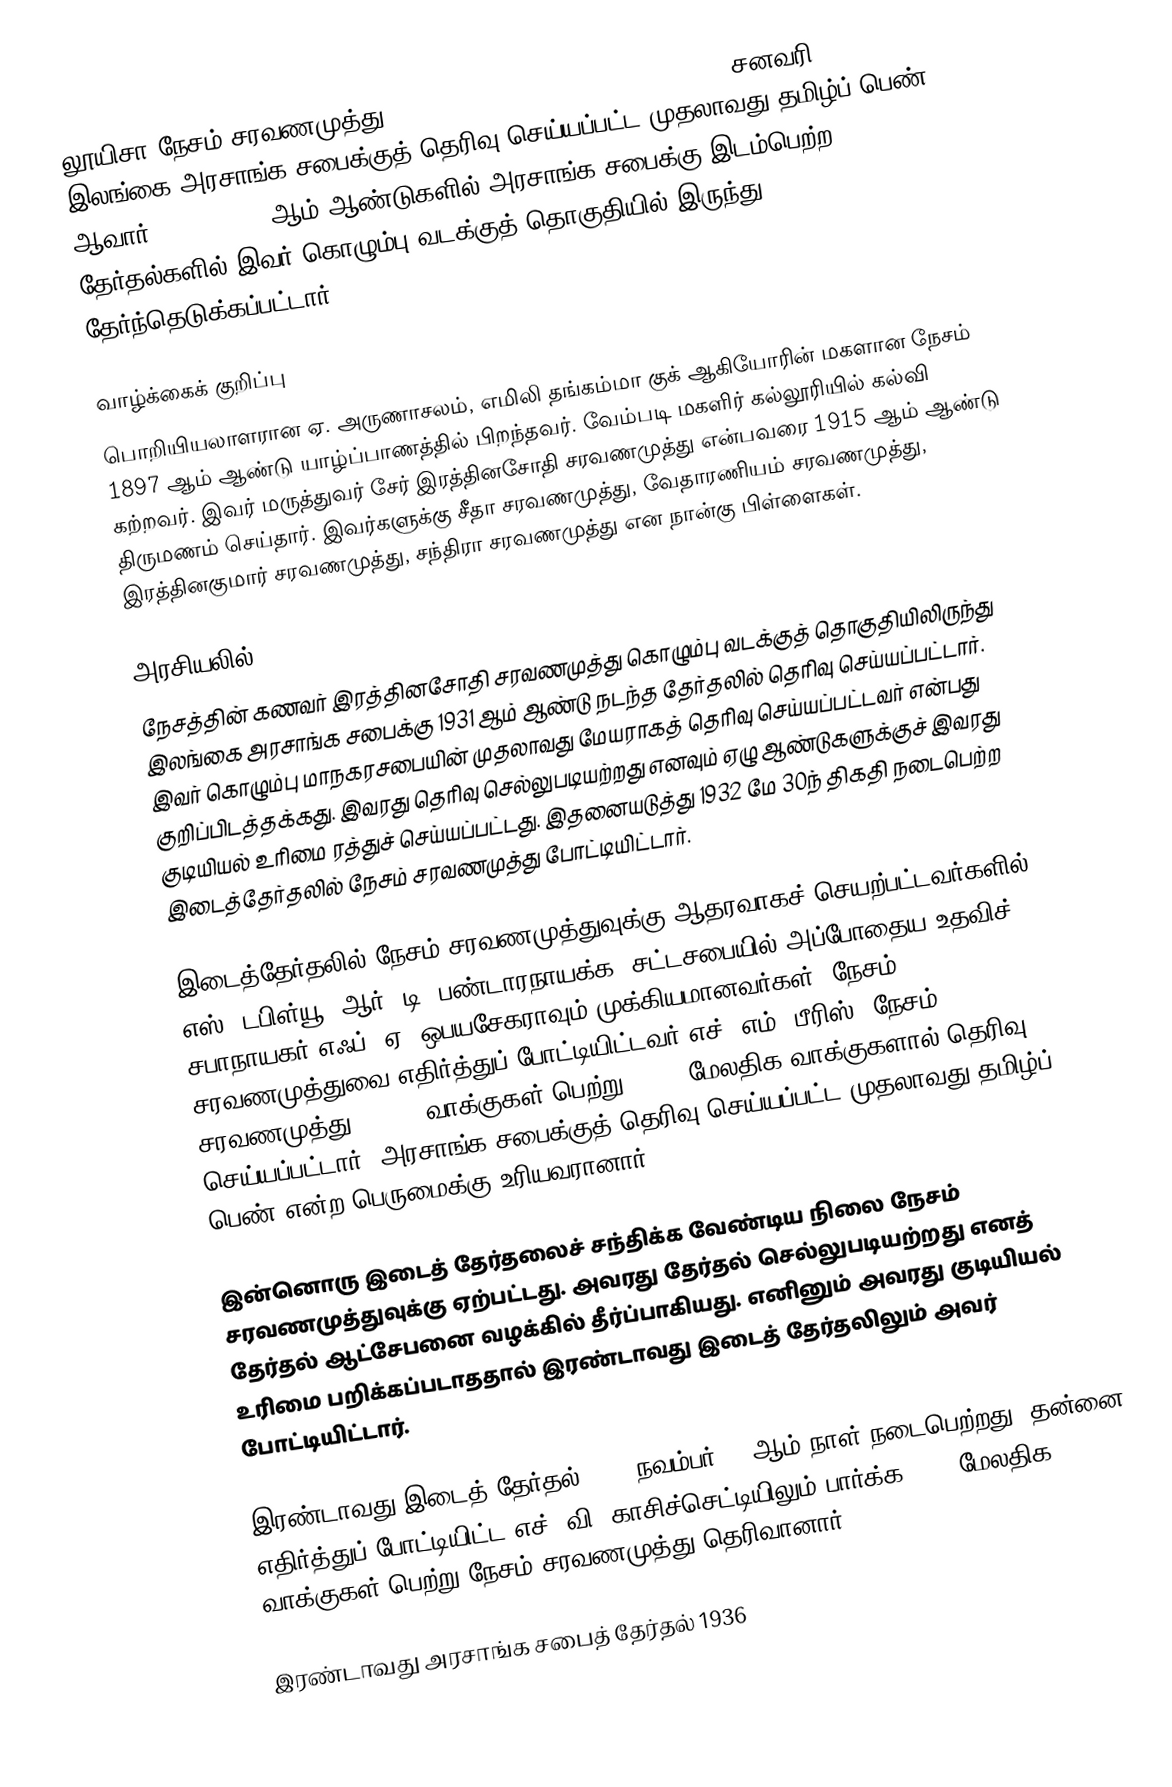
லூயிசா நேசம் சரவணமுத்து (Luisa Naysum Saravanamuttu, 1897 - சனவரி 19, 1941) இலங்கை அரசாங்க சபைக்குத் தெரிவு செய்யப்பட்ட முதலாவது தமிழ்ப் பெண் ஆவார். 1932, 1936 ஆம் ஆண்டுகளில் அரசாங்க சபைக்கு இடம்பெற்ற தேர்தல்களில் இவர் கொழும்பு வடக்குத் தொகுதியில் இருந்து தேர்ந்தெடுக்கப்பட்டார்.

வாழ்க்கைக் குறிப்பு
பொறியியலாளரான ஏ. அருணாசலம், எமிலி தங்கம்மா குக் ஆகியோரின் மகளான நேசம் 1897 ஆம் ஆண்டு யாழ்ப்பாணத்தில் பிறந்தவர். வேம்படி மகளிர் கல்லூரியில் கல்வி கற்றவர். இவர் மருத்துவர் சேர் இரத்தினசோதி சரவணமுத்து என்பவரை 1915 ஆம் ஆண்டு திருமணம் செய்தார். இவர்களுக்கு சீதா சரவணமுத்து, வேதாரணியம் சரவணமுத்து, இரத்தினகுமார் சரவணமுத்து, சந்திரா சரவணமுத்து என நான்கு பிள்ளைகள்.

அரசியலில்
நேசத்தின் கணவர் இரத்தினசோதி சரவணமுத்து கொழும்பு வடக்குத் தொகுதியிலிருந்து இலங்கை அரசாங்க சபைக்கு 1931 ஆம் ஆண்டு நடந்த தேர்தலில் தெரிவு செய்யப்பட்டார். இவர் கொழும்பு மாநகரசபையின் முதலாவது மேயராகத் தெரிவு செய்யப்பட்டவர் என்பது குறிப்பிடத்தக்கது. இவரது தெரிவு செல்லுபடியற்றது எனவும் ஏழு ஆண்டுகளுக்குச் இவரது குடியியல் உரிமை ரத்துச் செய்யப்பட்டது. இதனையடுத்து 1932 மே 30ந் திகதி நடைபெற்ற இடைத்தேர்தலில் நேசம் சரவணமுத்து போட்டியிட்டார்.

இடைத்தேர்தலில் நேசம் சரவணமுத்துவுக்கு ஆதரவாகச் செயற்பட்டவர்களில் எஸ். டபிள்யூ. ஆர். டி. பண்டாரநாயக்க, சட்டசபையில் அப்போதைய உதவிச் சபாநாயகர் எஃப். ஏ. ஒபயசேகராவும் முக்கியமானவர்கள். நேசம் சரவணமுத்துவை எதிர்த்துப் போட்டியிட்டவர் எச். எம். பீரிஸ். நேசம் சரவணமுத்து 13,114 வாக்குகள் பெற்று 8,681 மேலதிக வாக்குகளால் தெரிவு செய்யப்பட்டார். அரசாங்க சபைக்குத் தெரிவு செய்யப்பட்ட முதலாவது தமிழ்ப் பெண் என்ற பெருமைக்கு உரியவரானார்.

இன்னொரு இடைத் தேர்தலைச் சந்திக்க வேண்டிய நிலை நேசம் சரவணமுத்துவுக்கு ஏற்பட்டது. அவரது தேர்தல் செல்லுபடியற்றது எனத் தேர்தல் ஆட்சேபனை வழக்கில் தீர்ப்பாகியது. எனினும் அவரது குடியியல் உரிமை பறிக்கப்படாததால் இரண்டாவது இடைத் தேர்தலிலும் அவர் போட்டியிட்டார்.

இரண்டாவது இடைத் தேர்தல் 1932 நவம்பர் 12 ஆம் நாள் நடைபெற்றது. தன்னை எதிர்த்துப் போட்டியிட்ட எச். வி. காசிச்செட்டியிலும் பார்க்க 8106 மேலதிக வாக்குகள் பெற்று நேசம் சரவணமுத்து தெரிவானார்.

இரண்டாவது அரசாங்க சபைத் தேர்தல் 1936